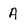
Character: A